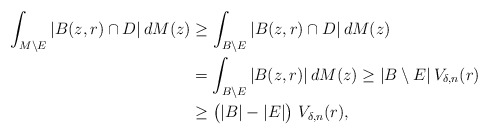
\begin{align*}\int_{M\setminus E} |B(z,r)\cap D|\,dM(z)&\ge \int_{B\setminus E} |B(z,r)\cap D|\,dM(z)\\&=\int_{B\setminus E} |B(z,r)|\,dM(z)\ge|B\setminus E|\,V_{\delta,n}(r)\\&\ge \big(|B|-|E|\big)\,\,V_{\delta,n}(r),\end{align*}